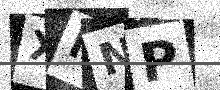
Text: XMNP